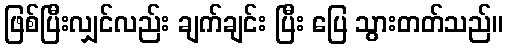
ဖြစ်ပြီးလျှင်လည်း ချက်ချင်း ပြီး ပြေ သွားတတ်သည်။